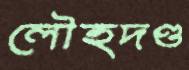
লৌহদণ্ড